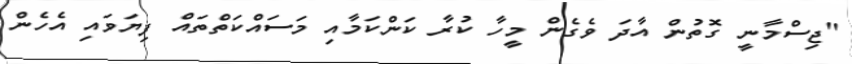
"ޖިސްމާނީ ގޮތުން އާދަ ވެގެން މީހާ ކުރާ ކަންކަމާއި މަސައްކަތްތައް ފިޔަވައި އެހެން